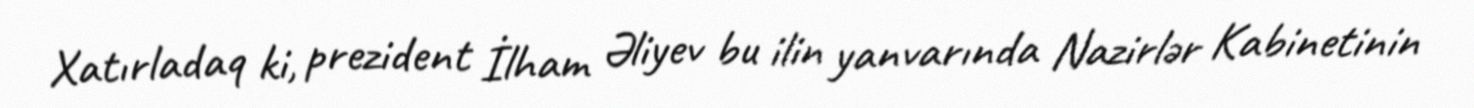
Xatırladaq ki, prezident İlham Əliyev bu ilin yanvarında Nazirlər Kabinetinin